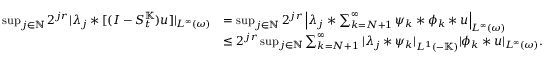
\begin{array} { r l } { \operatorname* { s u p } _ { j \in \mathbb { N } } 2 ^ { j r } | \lambda _ { j } \ast [ ( I - S _ { t } ^ { \mathbb { K } } ) u ] | _ { L ^ { \infty } ( \omega ) } } & { = \operatorname* { s u p } _ { j \in \mathbb { N } } 2 ^ { j r } \left| \lambda _ { j } \ast \sum _ { k = N + 1 } ^ { \infty } \psi _ { k } \ast \phi _ { k } \ast u \right| _ { L ^ { \infty } ( \omega ) } } \\ & { \leq 2 ^ { j r } \operatorname* { s u p } _ { j \in \mathbb { N } } \sum _ { k = N + 1 } ^ { \infty } | \lambda _ { j } \ast \psi _ { k } | _ { L ^ { 1 } ( - \mathbb { K } ) } | \phi _ { k } \ast u | _ { L ^ { \infty } ( \omega ) } . } \end{array}